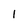
Character: l